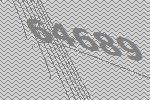
64689